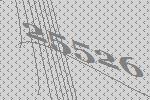
25526